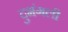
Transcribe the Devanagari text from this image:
दुभंगली